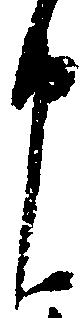
申